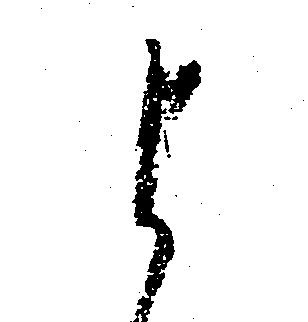
よ